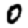
Digit: 0